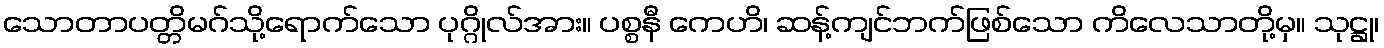
သောတာပတ္တိမဂ်သို့ရောက်သော ပုဂ္ဂိုလ်အား။ ပစ္စနီ ကေဟိ၊ ဆန့်ကျင်ဘက်ဖြစ်သော ကိလေသာတို့မှ။ သုဋ္ဌု၊